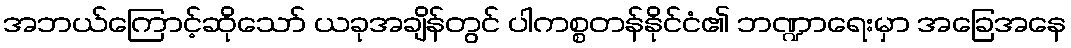
အဘယ်ကြောင့်ဆိုသော် ယခုအချိန်တွင် ပါကစ္စတန်နိုင်ငံ၏ ဘဏ္ဍာရေးမှာ အခြေအနေ